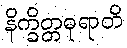
နိက္ခိတ္တဓုရာတိ